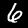
Digit: 6